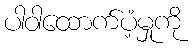
ပါဝါထောက်ပံ့မှုကို